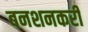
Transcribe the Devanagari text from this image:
बनशनकरी